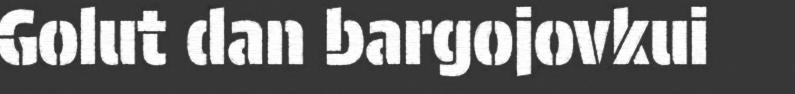
Golut dan bargojovkui